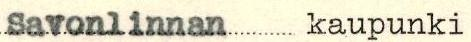
Savonlinnan kaupunki